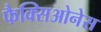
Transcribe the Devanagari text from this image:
फैक्सिओनेस